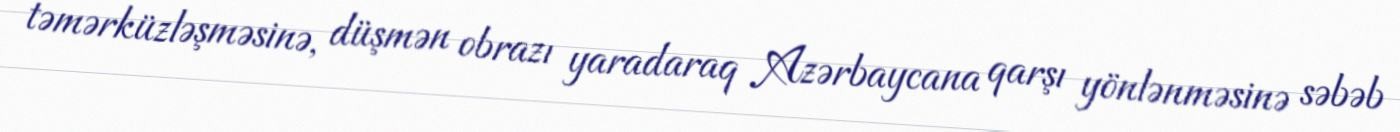
təmərküzləşməsinə, düşmən obrazı yaradaraq Azərbaycana qarşı yönlənməsinə səbəb